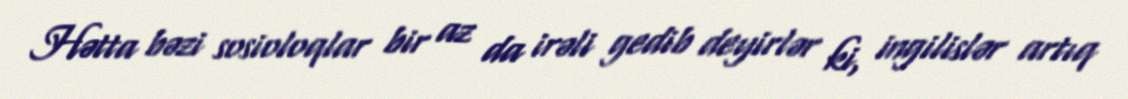
Hətta bəzi sosioloqlar bir az da irəli gedib deyirlər ki, ingilislər artıq